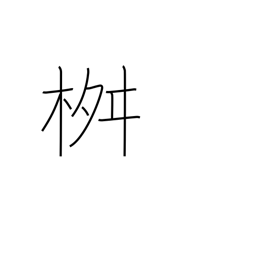
Meaning: measuring box